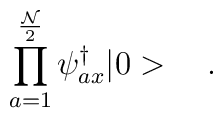
\prod_{a=1}^{\frac{\cal N}{2}}\psi_{ax}^{\dagger}|0>\quad .